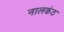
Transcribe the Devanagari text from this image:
नालकंठ